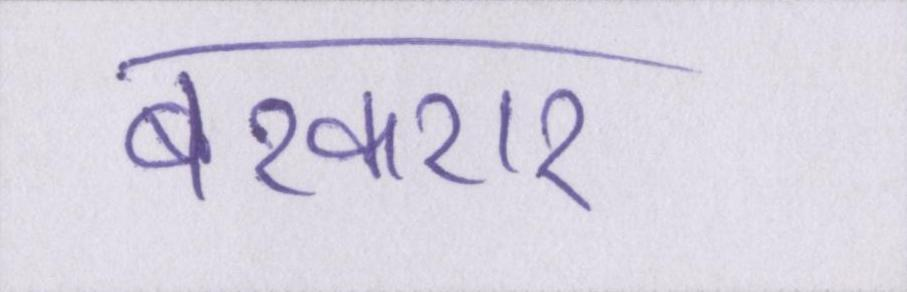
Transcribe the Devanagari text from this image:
बरकरार